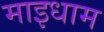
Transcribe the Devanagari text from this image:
माइधाम